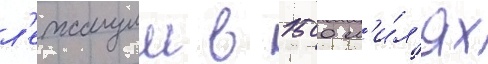
л'ежащии в 1500 м'и́л'ях